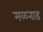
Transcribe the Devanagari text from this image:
मळनाड